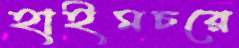
হাইমচরে